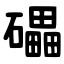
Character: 礧